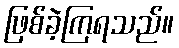
ဖြစ်ခဲ့ကြရသည်။